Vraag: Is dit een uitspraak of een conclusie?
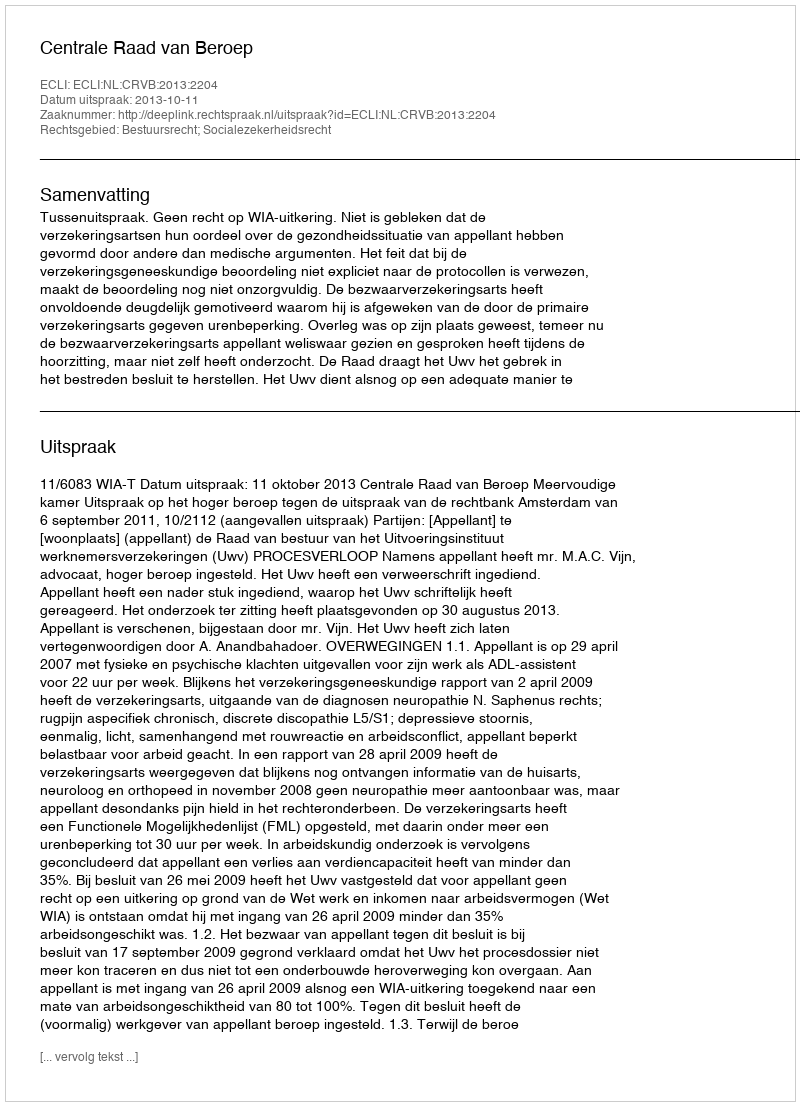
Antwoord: Uitspraak